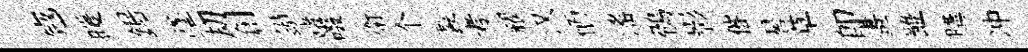
𡨥暖鋸墜刧創鏃赌啜衛个製考耀汉愐滛鶻影催晷草即畫雖購冲